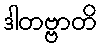
ဒါတဗ္ဗာတိ